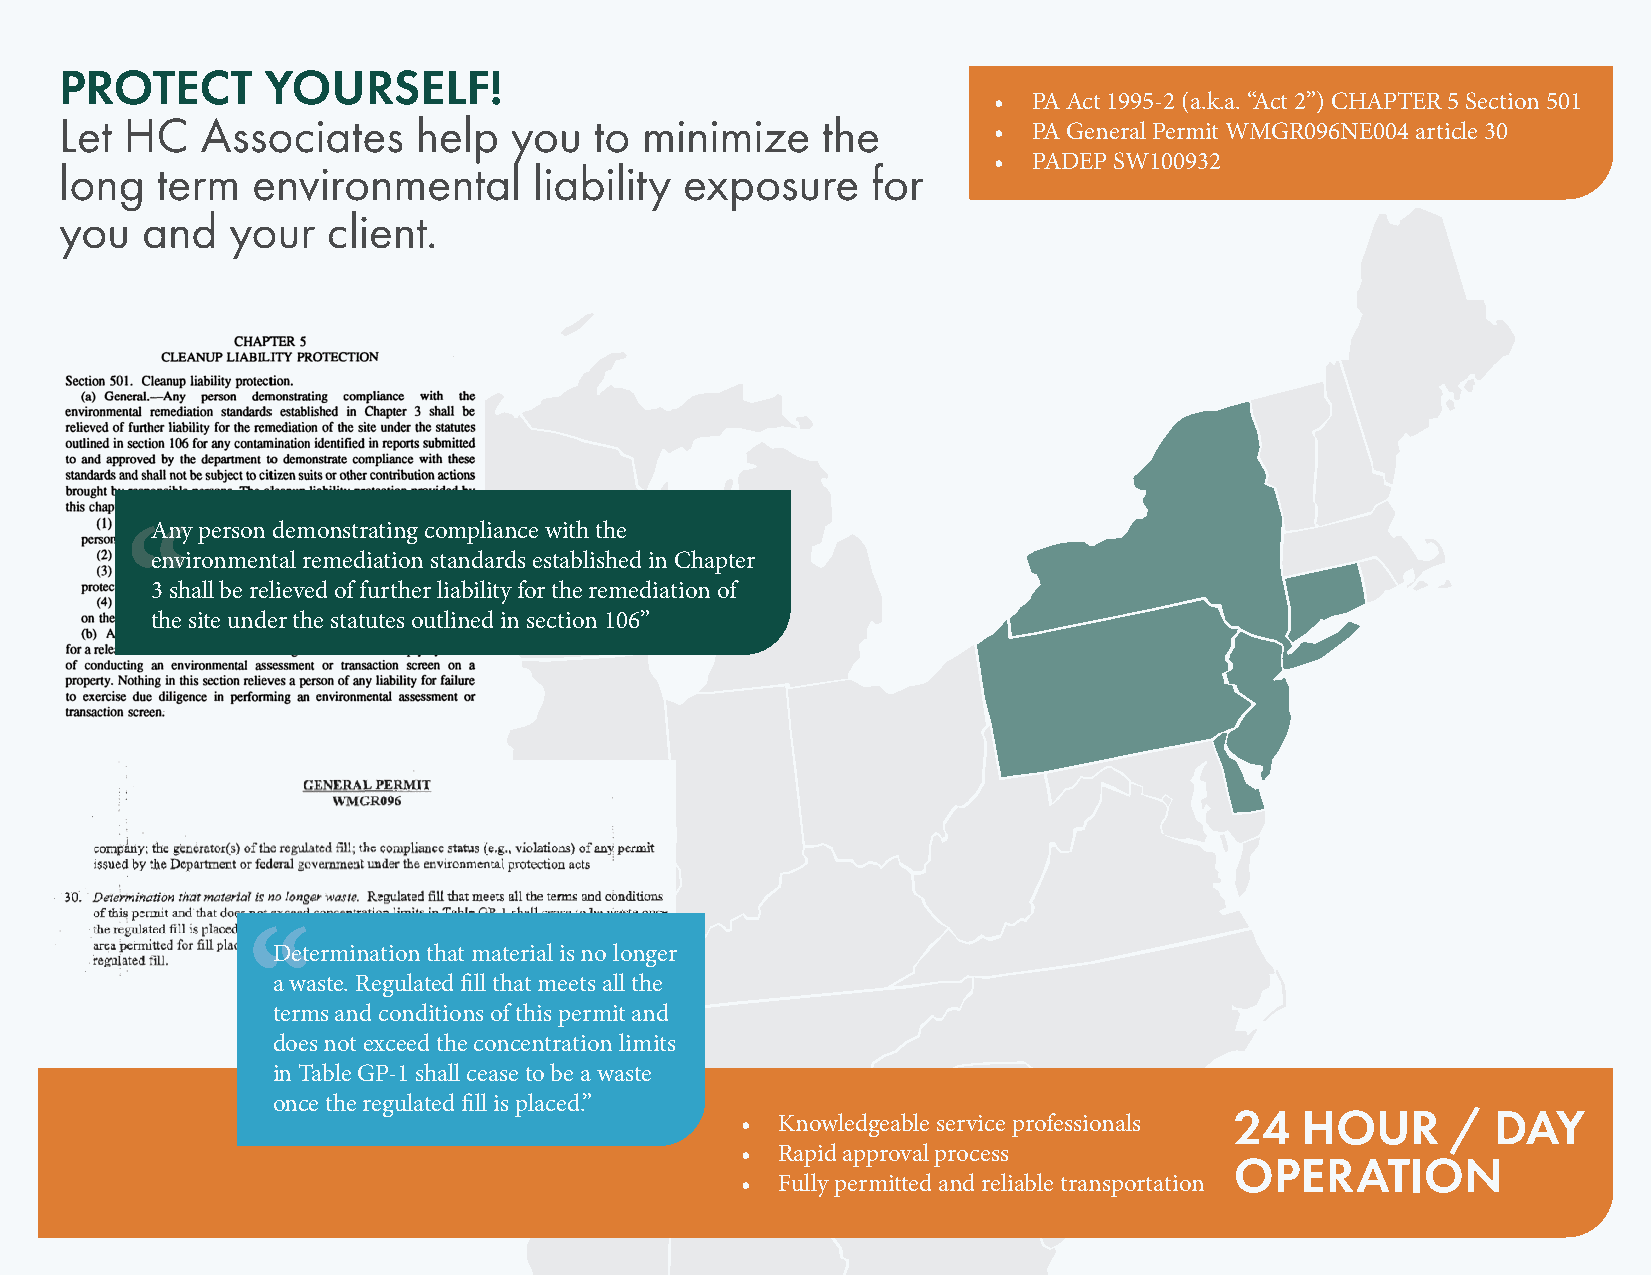
PROTECT      YOURSELF!
 • PA Act 1995-2 (a.k.a. “Act 2”) CHAPTER 5 Section 501
 Let HC   Associates    help   you  to minimize    the
 • PA General Permit WMGR096NE004 article 30
 • PADEP SW100932
 long  term   environmental     liability exposure     for
 you  and   your   client.
 Any person demonstrating compliance with the
 “
 environmental remediation standards established in Chapter
 3 shall be relieved of further liability for the remediation of
 the site under the statutes outlined in section 106”
 “
 Determination that material is no longer
 a waste. Regulated fill that meets all the
 terms and conditions of this permit and
 does not exceed the concentration limits
 in Table GP-1 shall cease to be a waste
 once the regulated fill is placed.”
 24  HOUR      /  DAY
 •  Knowledgeable service professionals
 •  Rapid approval process
 OPERATION
 •  Fully permitted and reliable transportation